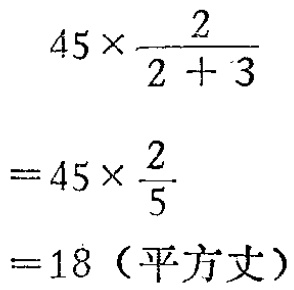
\[

\begin{align*}

&45\times\frac{2}{2 + 3}\\

=&45\times\frac{2}{5}\\

=&18（平方丈）

\end{align*}

\]